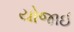
યોજાઈ